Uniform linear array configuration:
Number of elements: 8
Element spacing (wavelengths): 1
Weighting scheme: hamming
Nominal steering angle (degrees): -60
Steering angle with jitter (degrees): -59.534
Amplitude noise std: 0.05
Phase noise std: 0.05

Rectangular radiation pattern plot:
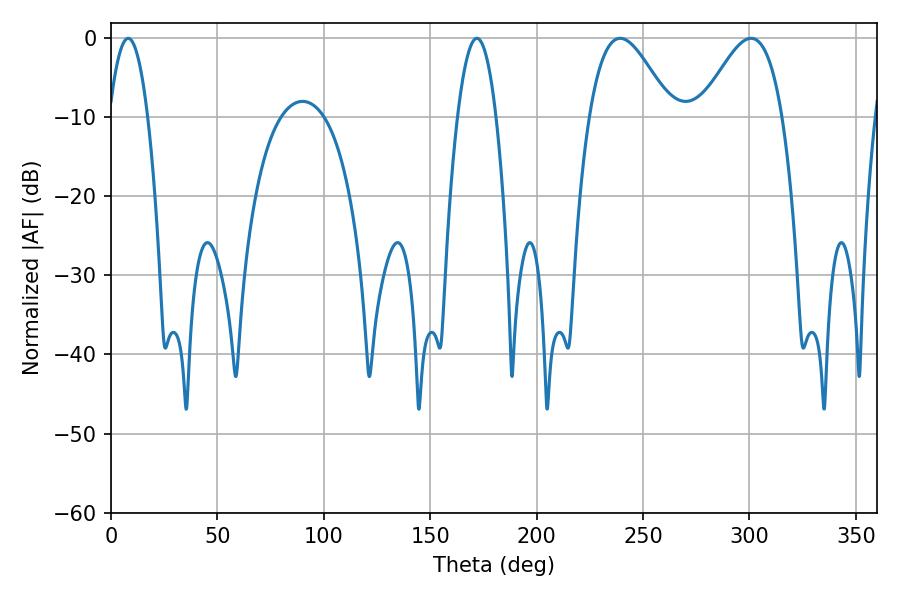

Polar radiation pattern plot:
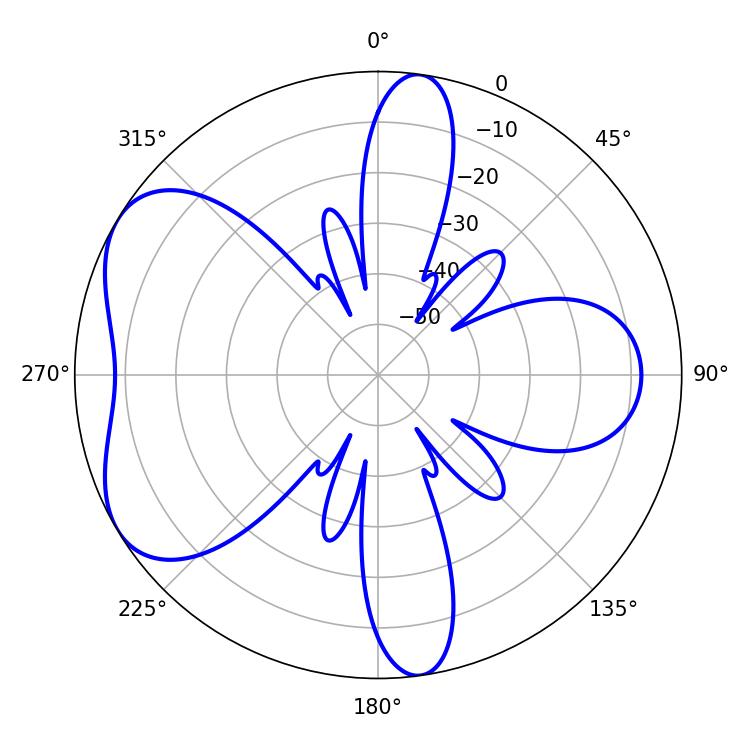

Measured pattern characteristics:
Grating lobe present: TRUE
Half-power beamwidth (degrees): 20.7
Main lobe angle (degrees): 239.22